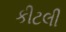
કીટલી